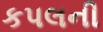
કપલની